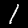
Label: 1